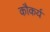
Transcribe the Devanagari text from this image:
कौकर्य